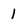
Character: 1